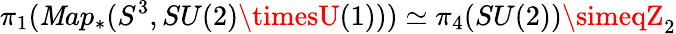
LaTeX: \pi_{1}(\mathit{M}ap_{\ast}(S^{3},SU(2)\timesU(1)))\simeq\pi_{4}(SU(2))\simeqZ_{2}